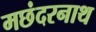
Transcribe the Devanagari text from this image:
मछंदरनाथ